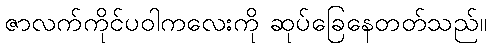
ဇာလက်ကိုင်ပဝါကလေးကို ဆုပ်ခြေနေတတ်သည်။